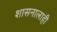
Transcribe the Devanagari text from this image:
शासनालाही